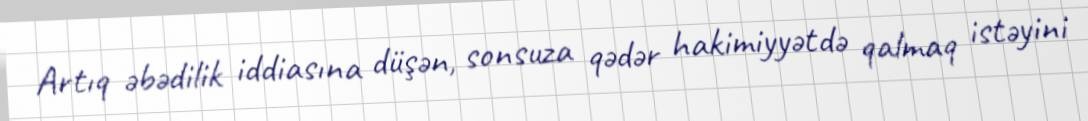
Artıq əbədilik iddiasına düşən, sonsuza qədər hakimiyyətdə qalmaq istəyini